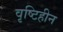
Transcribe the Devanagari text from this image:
वृष्टिहीन